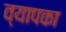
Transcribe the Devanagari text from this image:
व्यापका